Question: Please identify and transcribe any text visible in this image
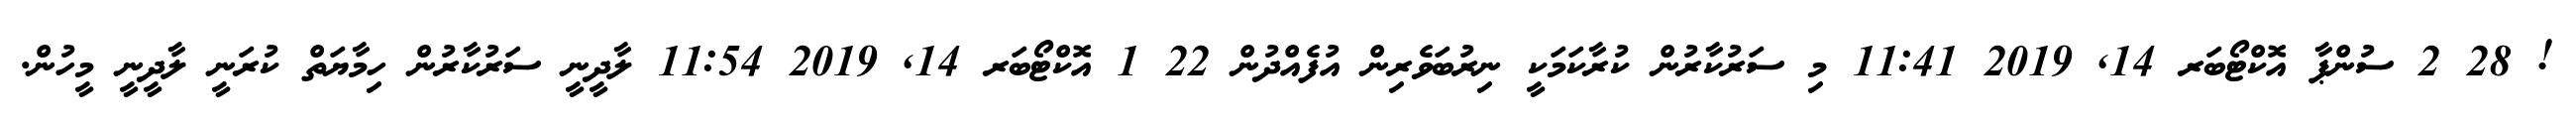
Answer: ! 28 2 ސުންޕާ އޮކްޓޯބަރ 14, 2019 11:41 މި ސަރުކާރުން ކުރާކަމަކީ ނިރުބަވެރިން އުފެއްދުން 22 1 އޮކްޓޯބަރ 14, 2019 11:54 ލާދީނީ ސަރުކާރުން ހިމާޔަތް ކުރަނީ ލާދީނީ މީހުން.